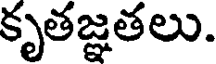
కృతజ్ఞతలు.